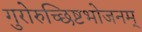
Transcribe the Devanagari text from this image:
गुरोरुच्छिष्टभोजनम्